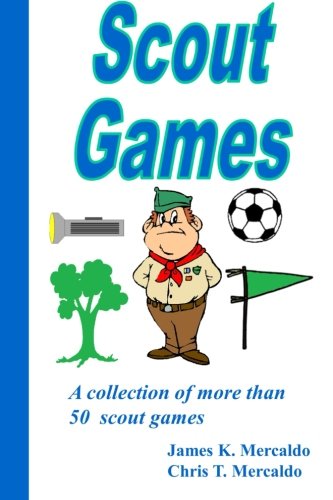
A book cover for Scout Games: A collection of more than 50 scout games; Thomas Mercaldo; Sports & Outdoors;